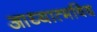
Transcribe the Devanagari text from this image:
आध्यात्मविद